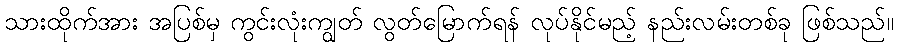
သားထိုက်အား အပြစ်မှ ကွင်းလုံးကျွတ် လွတ်မြောက်ရန် လုပ်နိုင်မည့် နည်းလမ်းတစ်ခု ဖြစ်သည်။